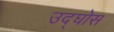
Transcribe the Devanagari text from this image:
उद्घोस